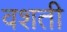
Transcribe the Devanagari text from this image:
वशती